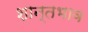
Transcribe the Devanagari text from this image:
शान्तभाव